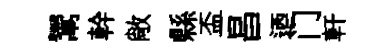
鬻幹敞縣盃昌迺门軒